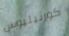
كورنيليوس